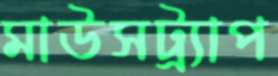
মাউসট্র্যাপ